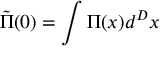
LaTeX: \tilde { \Pi } ( 0 ) = \int \Pi ( x ) d ^ { D } x